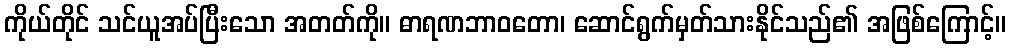
ကိုယ်တိုင် သင်ယူအပ်ပြီးသော အတတ်ကို။ ဓာရဏဘာဝတော၊ ဆောင်ရွက်မှတ်သားနိုင်သည်၏ အဖြစ်ကြောင့်။